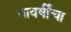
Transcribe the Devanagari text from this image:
यावर्षीचा